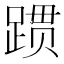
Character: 𬦻